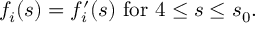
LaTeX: f _ { i } ( s ) = f _ { i } ^ { \prime } ( s ) \mathrm { ~ f o r ~ } 4 \leq s \leq s _ { 0 } .